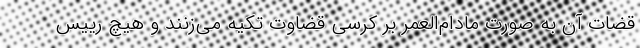
قضات آن به صورت مادام‌العمر بر کرسی قضاوت تکیه می‌زنند و هیچ رییس